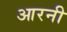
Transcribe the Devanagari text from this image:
आरनी